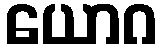
ယောဂ